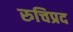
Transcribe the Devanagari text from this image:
रुचिप्रद